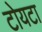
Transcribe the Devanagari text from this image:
टोयटा